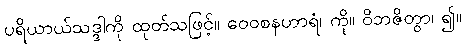
ပရိယာယ်သဒ္ဒါကို ထုတ်သဖြင့်။ ဝေဝစနဟာရံ၊ ကို။ ဝိဘဇိတွာ၊ ၍။